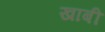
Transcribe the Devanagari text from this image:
खाबी